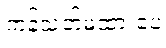
ကန့်သတ်မထားပေ